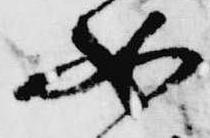
如